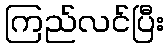
ကြည်လင်ပြီး